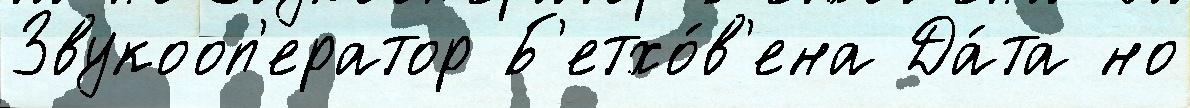
Звукооп'ератор Б'етхо́в'ена Да́та но